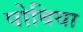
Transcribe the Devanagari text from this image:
पोबिया